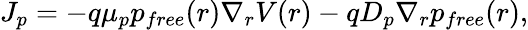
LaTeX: J_{p}=-q\mu_{p}p_{free}(r)\nabla_{r}V(r)-qD_{p}\nabla_{r}p_{free}(r),